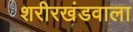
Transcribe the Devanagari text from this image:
शरीरखंडवाला